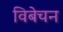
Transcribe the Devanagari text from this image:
विबेचन